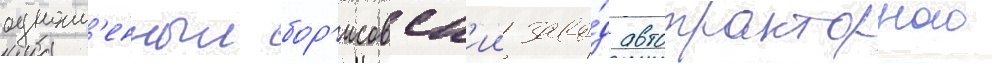
одноим'енныи бор'исовск'ии заво́д автотракторного